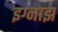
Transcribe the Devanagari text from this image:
इग्नाझ